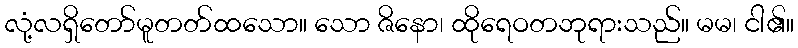
လုံ့လရှိတော်မူတတ်ထသော။ သော ဇိနော၊ ထိုရေဝတဘုရားသည်။ မမ၊ ငါ၏။